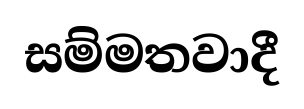
සම්මතවාදී